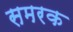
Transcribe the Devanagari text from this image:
समरक